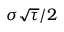
\sigma { \sqrt { \tau } } / 2